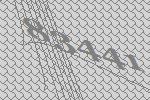
83441